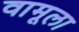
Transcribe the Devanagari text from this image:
वामूला